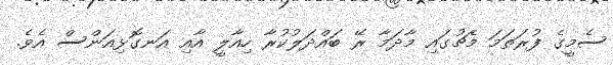
ސެމީގެ ފުރަތަމަ މެޗުގައި މާދަމާ ރޭ ބައްދަލުކުރާ ހިއާލީ އާއި އަނގޮޅިއަންސް އެވެ.